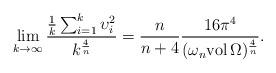
LaTeX: \begin{align*}\lim_{k\rightarrow\infty}\frac{\frac{1}{k}\sum_{i=1}^k\upsilon_i^2}{k^{\frac{4}{n}}}=\frac{n}{n+4}\frac{16\pi^4}{(\omega_n \mathrm{vol}\,\Omega)^\frac{4}{n}}.\end{align*}